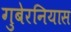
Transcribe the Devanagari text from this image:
गुबेरनियास